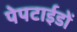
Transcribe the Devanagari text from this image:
पेपटाईडों